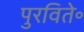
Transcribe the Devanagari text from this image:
पुरविते॰